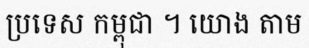
ប្រទេស កម្ពុជា ។ យោង តាម